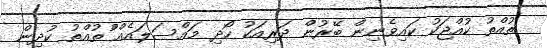
ތުއްތު ކުއްޖަކު ކައިވެނިން ބޭރުން ދަރިއަކު ހޯދި މައްސަލައެއް ްުތުއްތު ކުދިން